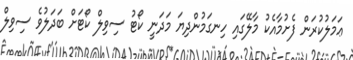
ޢަމަލުކުރަން ފެށުމާއެކު މާލޭގައި ހިނގަމުންދިޔަ މަދަނީ ކޯޓު ސިވިލް ކޯޓަށް ބަދަލުވެ ސިވިލް